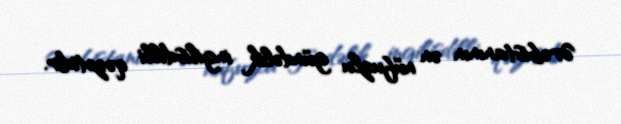
Ərəbistanının ən nüfuzlu gündəlik ingilisdilli qəzetidir.